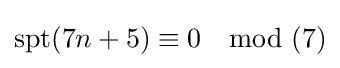
\mathrm {spt} (7n+5)\equiv 0\mod (7)